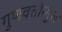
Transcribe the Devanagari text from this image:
गुणवत्तोन्मुख